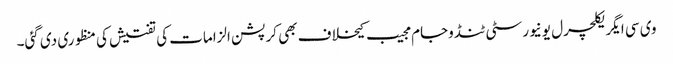
وی سی ایگریکلچرل یونیورسٹی ٹنڈوجام مجیب کیخلاف بھی کرپشن الزامات کی تفتیش کی منظوری دی گئی۔